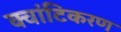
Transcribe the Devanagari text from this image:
क्वांटिकरण